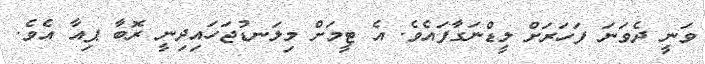
ވަނީ ދެވަނަ ފަހަރަށް ލީޑްނަގާފައެވެ. އެ ޓީމަށް މިލަނޑުޖަހައިދިނީ ރޮބާ ޕިއާ އެވެ.